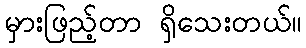
မှားဖြည့်တာ ရှိသေးတယ်။